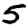
Digit: 5